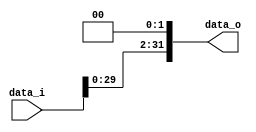
//Subject:      Architecture project 2 - Shift_Left_Two_32
//--------------------------------------------------------------------------------
//Version:     1
//--------------------------------------------------------------------------------
//Description: 
//--------------------------------------------------------------------------------

module Shift_Left_Two_32(
    data_i,
    data_o
    );

//I/O ports                    
input [32-1:0] data_i;
output [32-1:0] data_o;

//shift left 2
reg [31:0] data_o;
always@(data_i)
  
  begin
    data_o=data_i<<2;
  end
  
endmodule